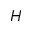
H